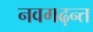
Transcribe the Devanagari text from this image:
नवगढ़न्त